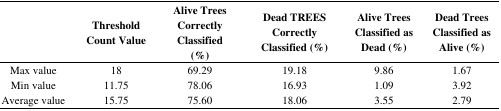
<table><thead><tr><td></td><td><b>Threshold Count Value</b></td><td><b>Alive Trees Correctly Classified (%)</b></td><td><b>Dead TREES Correctly Classified (%)</b></td><td><b>Alive Trees Classified as Dead (%)</b></td><td><b>Dead Trees Classified as Alive (%)</b></td></tr></thead><tbody><tr><td>Max value</td><td>18</td><td>69.29</td><td>19.18</td><td>9.86</td><td>1.67</td></tr><tr><td>Min value</td><td>11.75</td><td>78.06</td><td>16.93</td><td>1.09</td><td>3.92</td></tr><tr><td>Average value</td><td>15.75</td><td>75.60</td><td>18.06</td><td>3.55</td><td>2.79</td></tr></tbody></table>